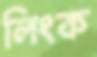
লিংক